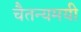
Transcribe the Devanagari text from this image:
चैतन्यमयी